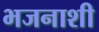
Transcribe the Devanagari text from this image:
भजनाशी